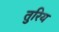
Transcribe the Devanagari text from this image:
तुरिय